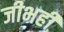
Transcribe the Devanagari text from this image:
जीभही